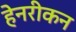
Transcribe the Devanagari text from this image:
हेनरीकन